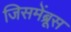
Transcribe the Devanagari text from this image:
जिसमेंब्रूस